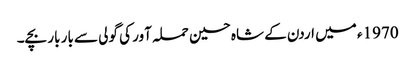
1970ء میں اردن کے شاہ حسین حملہ آور کی گولی سے بار بار بچے۔